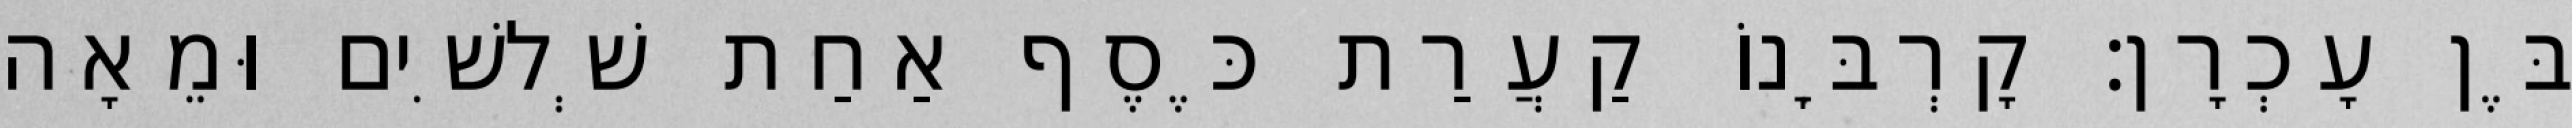
בֶּן עָכְרָן׃ קָרְבָּנוֹ קַעֲרַת כֶּסֶף אַחַת שְׁלשִׁים וּמֵאָה